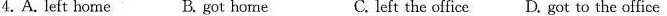
4.A.Left home B. got home C. left the office D. got to the office